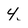
Character: 4